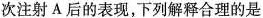
次注射A后的表现，下列解释合理的是